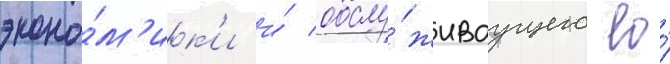
эконо́м'ик'и и́ обслу́живаущего ео́